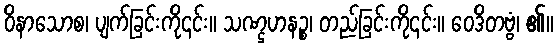
ဝိနာသောစ၊ ပျက်ခြင်းကို၎င်း။ သဏ္ဌဟနဉ္စ၊ တည်ခြင်းကို၎င်း။ ဝေဒိတဗ္ဗံ၊ ၏။